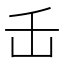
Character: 𬼈